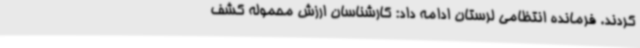
کردند. فرمانده انتظامی لرستان ادامه داد: کارشناسان ارزش محموله کشف